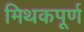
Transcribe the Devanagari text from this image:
मिथकपूर्ण